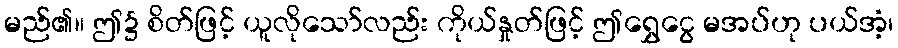
မည်၏။ ဤ၌ စိတ်ဖြင့် ယူလိုသော်လည်း ကိုယ်နှုတ်ဖြင့် ဤရွှေငွေ မအပ်ဟု ပယ်အံ့၊